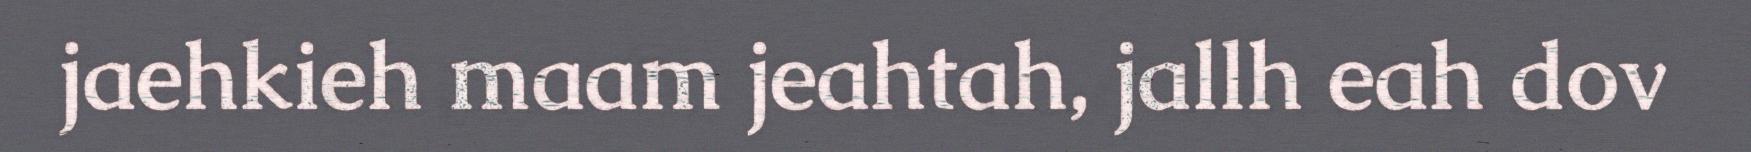
jaehkieh maam jeahtah, jallh eah dov